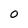
Character: O